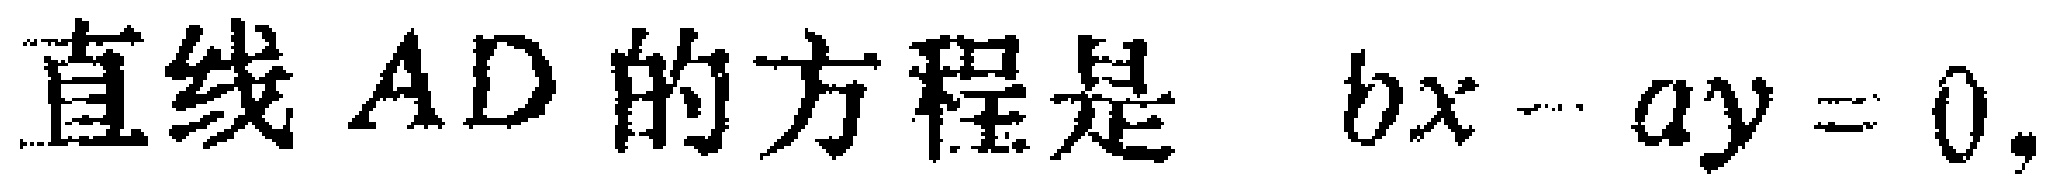
直线 \(AD\) 的方程是 \(bx - ay = 0\)，